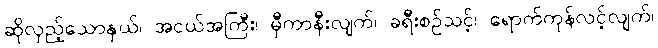
ဆိုလှည့်သောနှယ်၊ အငယ်အကြီး၊ မှီကာနီးလျက်၊ ခရီးစဉ်သင့်၊ ရောက်ကုန်လင့်လျက်၊